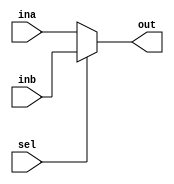
module mux(ina,inb,sel,out);

parameter DATA_LENGTH = 8;
input [DATA_LENGTH-1:0] ina;
input [DATA_LENGTH-1:0] inb;
input sel;
output [DATA_LENGTH-1:0] out;

assign out = (sel == 1'b0) ? ina : inb;

endmodule